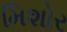
મિશોર